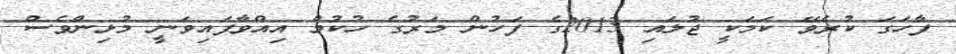
ފާހަގަ ކުރެވޭ ކަމަކީ ޖުލައި 2013ގެ ފަހުން މަރުގެ ހުކުމް އިއްވާފައިވަނީ މުޅިންވެސް